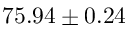
7 5 . 9 4 \pm 0 . 2 4